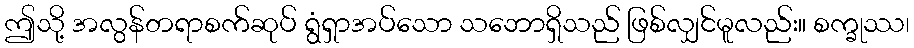
ဤသို့ အလွန်တရာစက်ဆုပ် ရွံရှာအပ်သော သဘောရှိသည် ဖြစ်လျှင်မူလည်း။ စက္ခုဿ၊